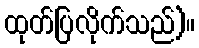
ထုတ်ပြလိုက်သည်)။